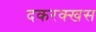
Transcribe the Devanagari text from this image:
दकरक्खस